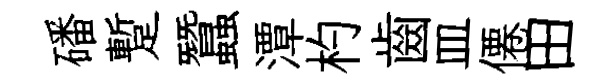
磻蹔蠶潭杓齒皿僊田